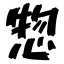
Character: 惣